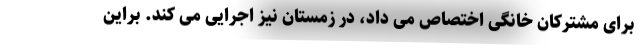
برای مشترکان خانگی اختصاص می داد، در زمستان نیز اجرایی می کند. براین